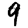
Digit: 9